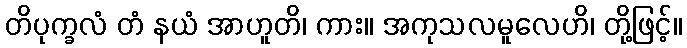
တိပုက္ခလံ တံ နယံ အာဟူတိ၊ ကား။ အကုသလမူလေဟိ၊ တို့ဖြင့်။